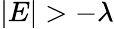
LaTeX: |E|>-\lambda